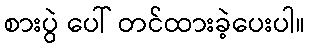
စားပွဲ ပေါ် တင်ထားခဲ့ပေးပါ။